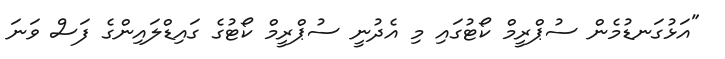
"އަޅުގަނޑުމެން ސުޕްރީމް ކޯޓުގައި މި އެދުނީ ސުޕްރީމް ކޯޓުގެ ގައިޑްލައިންގެ ފަސް ވަނަ